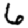
Digit: 6